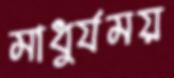
মাধুর্যময়